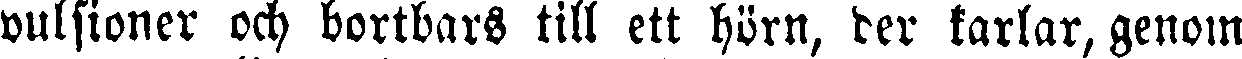
vulsioner och bortbars till ett hörn, der karlar, genom